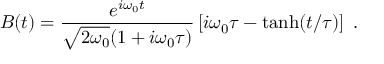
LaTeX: B ( t ) = \frac { { e } ^ { i \omega _ { 0 } t } } { \sqrt { 2 \omega _ { 0 } } ( 1 + i \omega _ { 0 } \tau ) } \left[ i \omega _ { 0 } \tau - \operatorname { t a n h } ( t / \tau ) \right] \; .